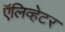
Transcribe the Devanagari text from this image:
ऍलिव्हेटर